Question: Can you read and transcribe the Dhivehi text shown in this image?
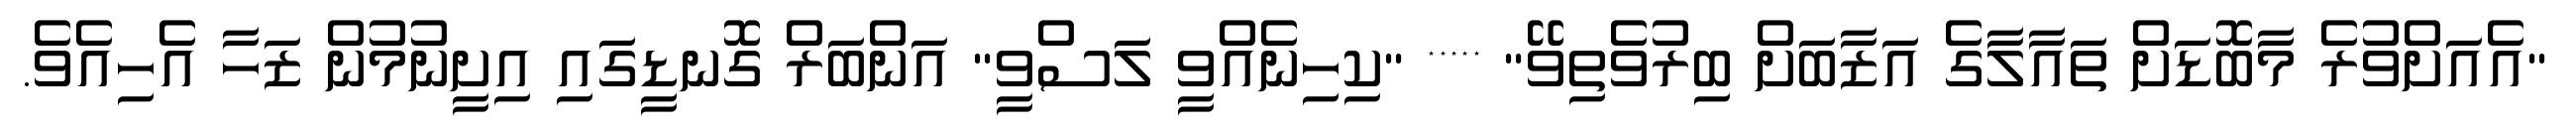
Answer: "އެއަށްވުރެ މާބޮޑަށް ތައާލާގެ އަޒާބަށް ބިރުވެތިވޭ" ***** "ކިހިނެއްވީ ލަސްވީ" އަންބަރް ގޮނޑީގައި އިށީނުމުން ޒަހާ އެހިއެވެ.